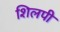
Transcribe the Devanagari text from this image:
शिलपी